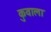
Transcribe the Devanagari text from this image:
कुवाला